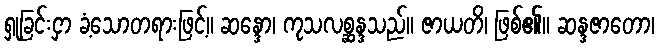
ရှုခြင်းငှာ ခံ့သောတရားဖြင့်။ ဆန္ဒော၊ ကုသလစ္ဆန္ဒသည်။ ဇာယတိ၊ ဖြစ်၏။ ဆန္ဒဇာတော၊